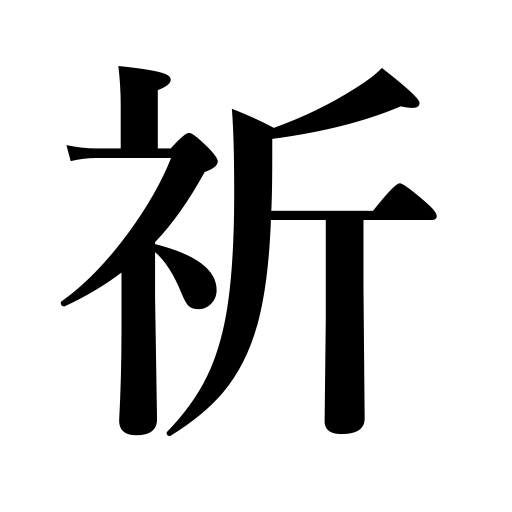
Meanings: pray,wish